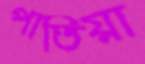
পাতিয়া